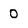
Character: 0